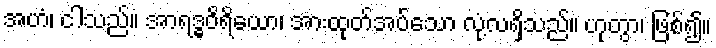
အဟံ၊ ငါသည်။ အာရဒ္ဓဝိရိယော၊ အားထုတ်အပ်သော လုံ့လရှိသည်။ ဟုတွာ၊ ဖြစ်၍။